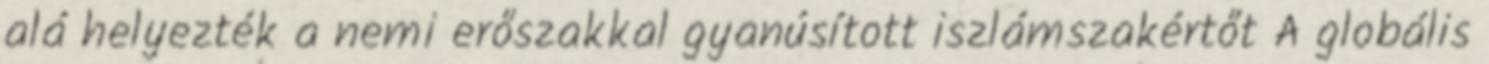
alá helyezték a nemi erőszakkal gyanúsított iszlámszakértőt A globális